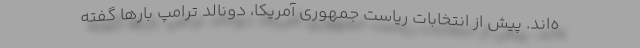
ه‌اند. پیش از انتخابات ریاست جمهوری آمریکا، دونالد ترامپ بارها گفته